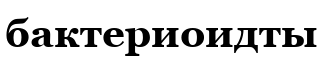
бактериоидты